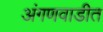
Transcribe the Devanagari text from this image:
अंगणवाडीत